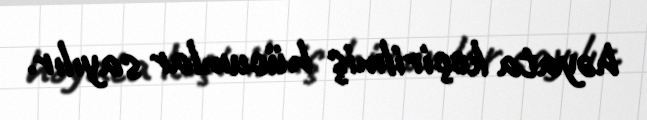
həyata keçirilmiş hücumlar sayılır.